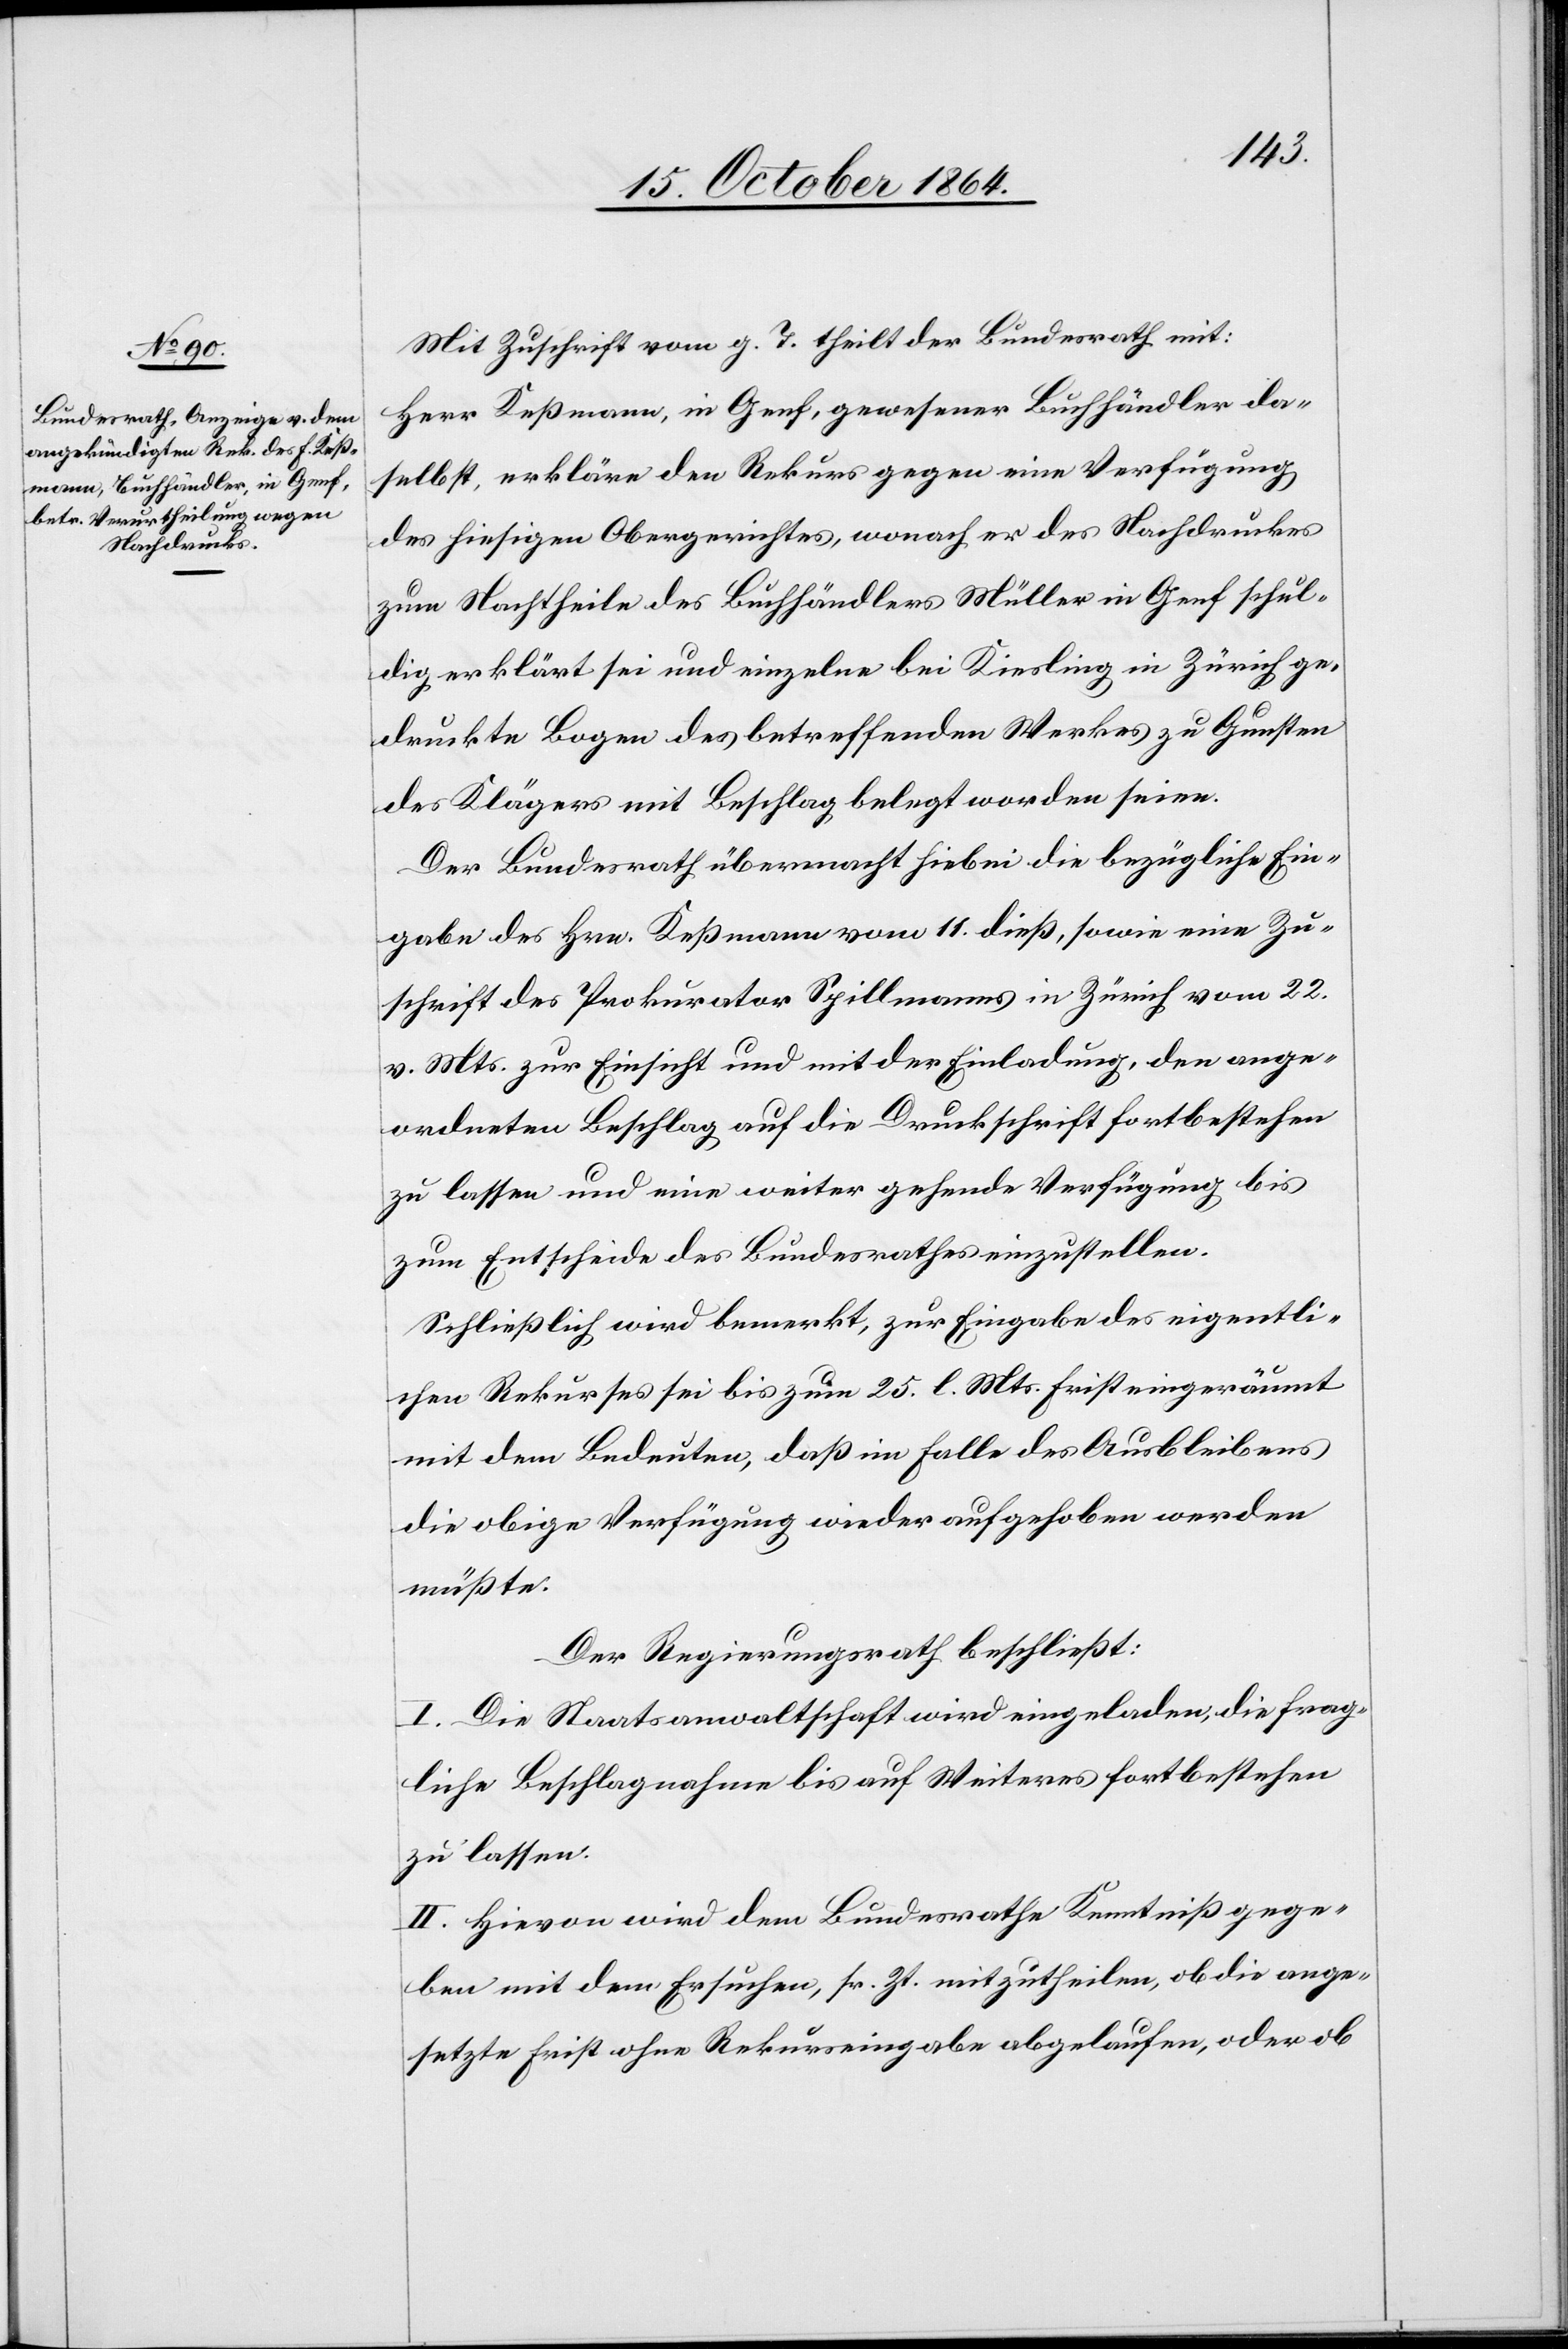
Mit Zuschrift vom g. T. theilt der Bundesrath mit:
Herr Keßmann, in Genf, gewesener Buchhändler da¬
selbst, erkläre den Rekurs gegen eine Verfügung
des hiesigen Obergerichtes, wonach er des Nachdruckes
zum Nachtheile des Buchhändlers Müller in Genf schul¬
dig erklärt sei und einzelne bei Kiesling in Zürich ge¬
druckte Bogen des betreffenden Werkes zu Gunsten
des Klägers mit Beschlag belegt worden seien.
Der Bundesrath übermacht hiebei die bezügliche Ein¬
gabe des Hrn. Keßmann vom 11. dieß, sowie eine Zu¬
schrift des Prokurator Spillmann in Zürich vom 22.
v. Mts. zur Einsicht und mit der Einladung, den ange¬
ordneten Beschlag auf die Druckschrift fortbestehen
zu lassen und eine weiter gehende Verfügung bis
zum Entscheide des Bundesrathes einzustellen.
Schließlich wird bemerkt, zur Eingabe des eigentli¬
chen Rekurses sei bis zum 25. l. Mts. Frist eingeräumt
mit dem Bedeuten, daß im Falle des Ausbleibens
die obige Verfügung wieder aufgehoben werden
müßte.
Der Regierungsrath beschließt:
I. Die Staatsanwaltschaft wird eingeladen, die frag¬
liche Beschlagnahme bis auf Weiteres fortbestehen
zu lassen.
II. Hievon wird dem Bundesrathe Kenntniß gege¬
ben mit dem Ersuchen, sr. Zt. mitzutheilen, ob die ange¬
setzte Frist ohne Rekurseingabe abgelaufen, oder ob